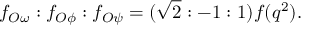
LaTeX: f _ { O \omega } : f _ { O \phi } : f _ { O \psi } = ( \sqrt { 2 } : - 1 : 1 ) f ( q ^ { 2 } ) .